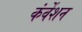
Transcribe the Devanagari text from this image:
कंर्वेशन